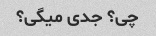
چی؟ جدی میگی؟